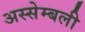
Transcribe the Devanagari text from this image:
अस्सेम्बली